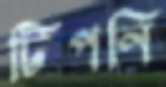
টিপনি